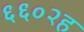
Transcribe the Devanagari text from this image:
६६०२ह